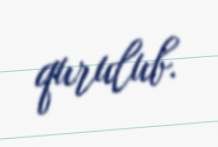
qurulub.